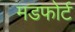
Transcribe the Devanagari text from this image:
मडफोर्ट